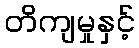
တိကျမှုနှင့်